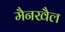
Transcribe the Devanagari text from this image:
मैनखैल